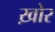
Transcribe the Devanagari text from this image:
ख़ोर